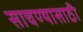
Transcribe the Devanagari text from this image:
साचण्यासाठी